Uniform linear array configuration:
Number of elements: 8
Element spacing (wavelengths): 0.5
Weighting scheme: uniform
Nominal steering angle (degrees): -15
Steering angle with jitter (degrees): -14.924
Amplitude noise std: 0.05
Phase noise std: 0.05

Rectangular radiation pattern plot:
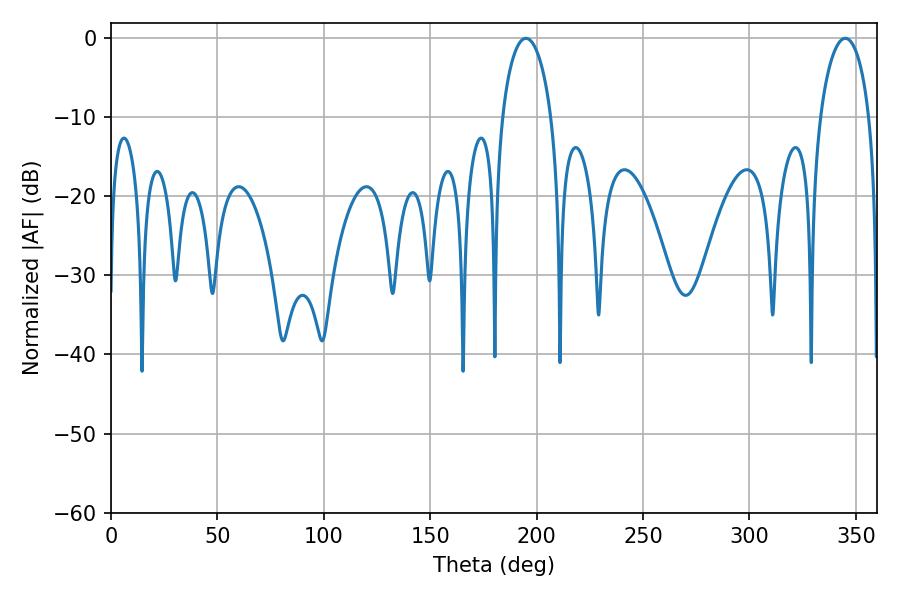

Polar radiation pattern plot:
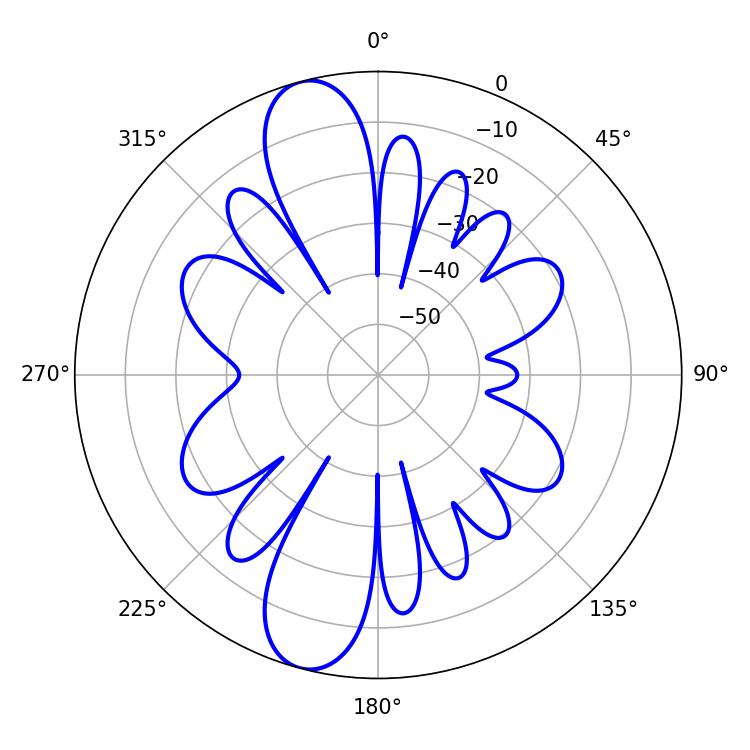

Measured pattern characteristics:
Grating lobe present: FALSE
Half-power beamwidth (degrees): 13.32
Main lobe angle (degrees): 194.94